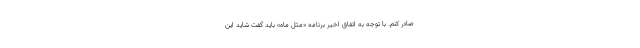
صادر کنم. با توجه به اتفاق اخیر برنامه «مثل ماه» باید گفت شاید این